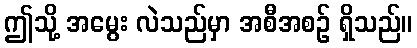
ဤသို့ အမွေး လဲသည်မှာ အစီအစဉ် ရှိသည်။